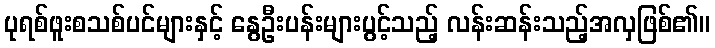
ပုရစ်ဖူးစသစ်ပင်များနှင့် နွေဦးပန်းများပွင့်သည့် လန်းဆန်းသည့်အလှဖြစ်၏။